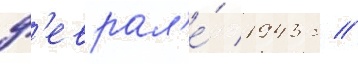
ф'еврал'е́ 1943 г //